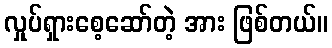
လှုပ်ရှားစေ့ဆော်တဲ့ အား ဖြစ်တယ်။